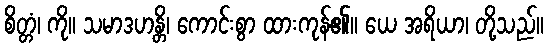
စိတ္တံ၊ ကို။ သမာဒဟန္တိ၊ ကောင်းစွာ ထားကုန်၏။ ယေ အရိယာ၊ တို့သည်။